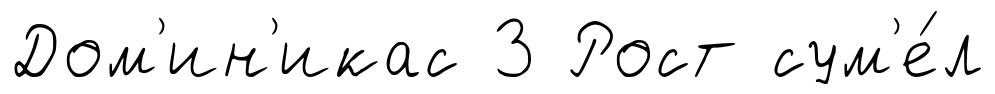
Дом'ин'икас 3 Рост сум'е́л